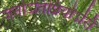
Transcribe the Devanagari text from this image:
जनोऽतिप्रियोऽसि